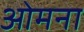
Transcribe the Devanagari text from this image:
ओमना